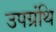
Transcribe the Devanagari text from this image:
उपग्रंथि